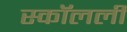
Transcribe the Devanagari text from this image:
स्कॉलर्ली